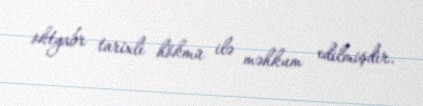
oktyabr tarixli hökmü ilə məhkum edilmişdir.